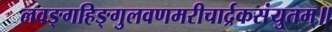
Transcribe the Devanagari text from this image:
लवङ्गहिङ्गुलवणमरीचार्द्रकसंयुतम्॥